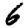
Digit: 6